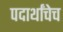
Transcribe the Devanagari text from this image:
पदार्थांचेच